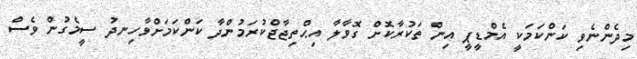
މިދެންނެވި ކަންކަމަކީ އެމްޑީޕީ އިން ތަކުރާކޮށް ގޮވާލާ އިޙްތިޖާޖްކުރަމުންދާ ކަންކަމަށްވާހިނދު ސީމެގުން ވެސް